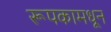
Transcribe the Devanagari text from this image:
रूपकामधून